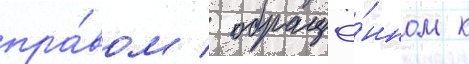
пра́вом / обращё́нном к